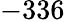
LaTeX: -336